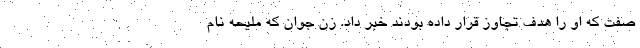
صفت که او را هدف تجاوز قرار داده بودند خبر داد. زن جوان که ملیحه نام